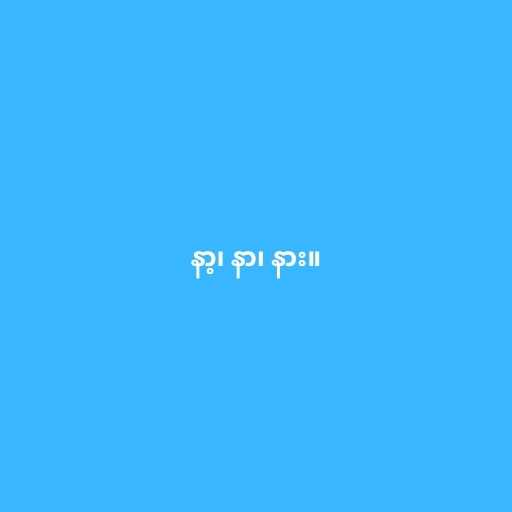
နာ့၊ နာ၊ နား။